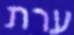
ערת